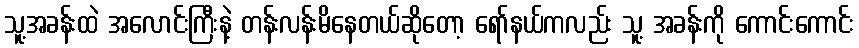
သူ့အခန်းထဲ အလောင်းကြီးနဲ့ တန်းလန်းမိနေတယ်ဆိုတော့ ရော်နယ်ကလည်း သူ့ အခန်းကို ကောင်းကောင်း